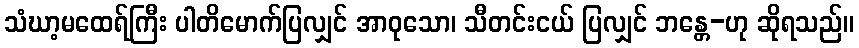
သံဃာ့မထေရ်ကြီး ပါတိမောက်ပြလျှင် အာဝုသော၊ သီတင်းငယ် ပြလျှင် ဘန္တေ-ဟု ဆိုရသည်။